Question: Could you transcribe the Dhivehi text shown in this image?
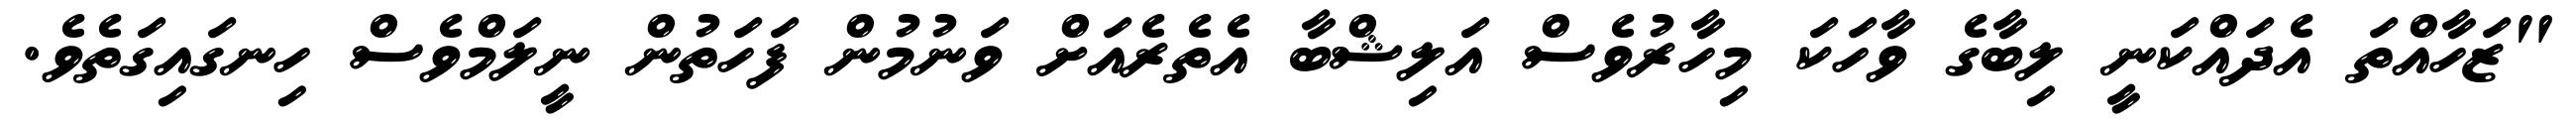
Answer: "ޒަހާއްތަ އެދައްކަނީ ލިބާގެ ވާހަކަ މިހާރުވެސް އަލިޝްބާ އެތެރެއަށް ވަނުމުން ފަހަތުން ނީލަމްވެސް ހިނގައިގަތެވެ.